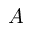
A